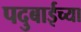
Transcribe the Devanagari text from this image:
पदुबाईच्या